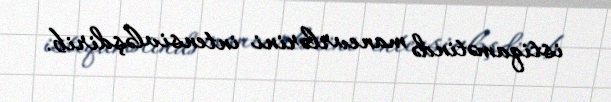
istiqamətində manevrlərini intensivləşdirib.